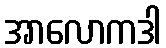
အာလောကဒါ